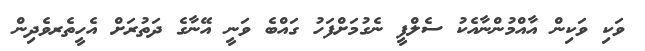
ވަކި ވަކިން އާއްމުންނާއެކު ސެލްފީ ނެގުމަށްފަހު ގައްބެ ވަނީ އޭނާގެ ދަތުރަށް އެހީތެރވެދިން